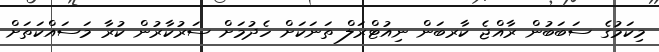
މިކަމުގެ ސަބަބުން ރާއްޖެ ކާރބަން ނިއުޓްރަލް ތަނަކަށް ހެދުމަށް ސަރުކާރުން ކުރާ މަސައްކަތަށް